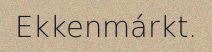
Ekkenmárkt.